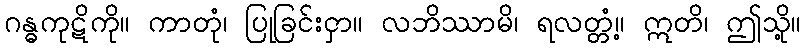
ဂန္ဓကုဋိကို။ ကာတုံ၊ ပြုခြင်းငှာ။ လဘိဿာမိ၊ ရလတ္တံ့။ ဣတိ၊ ဤသို့။